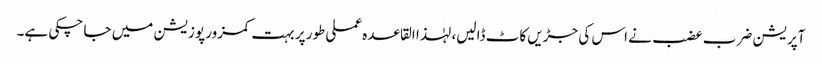
آپریشن ضرب عضب نے اس کی جڑیں کاٹ ڈالیں، لہٰذا القاعدہ عملی طور پر بہت کمزور پوزیشن میں جا چکی ہے۔